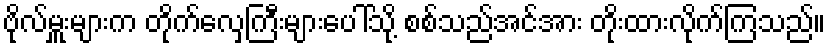
ဗိုလ်မှူးများက တိုက်လှေကြီးများပေါ်သို့ စစ်သည်အင်အား တိုးထားလိုက်ကြသည်။